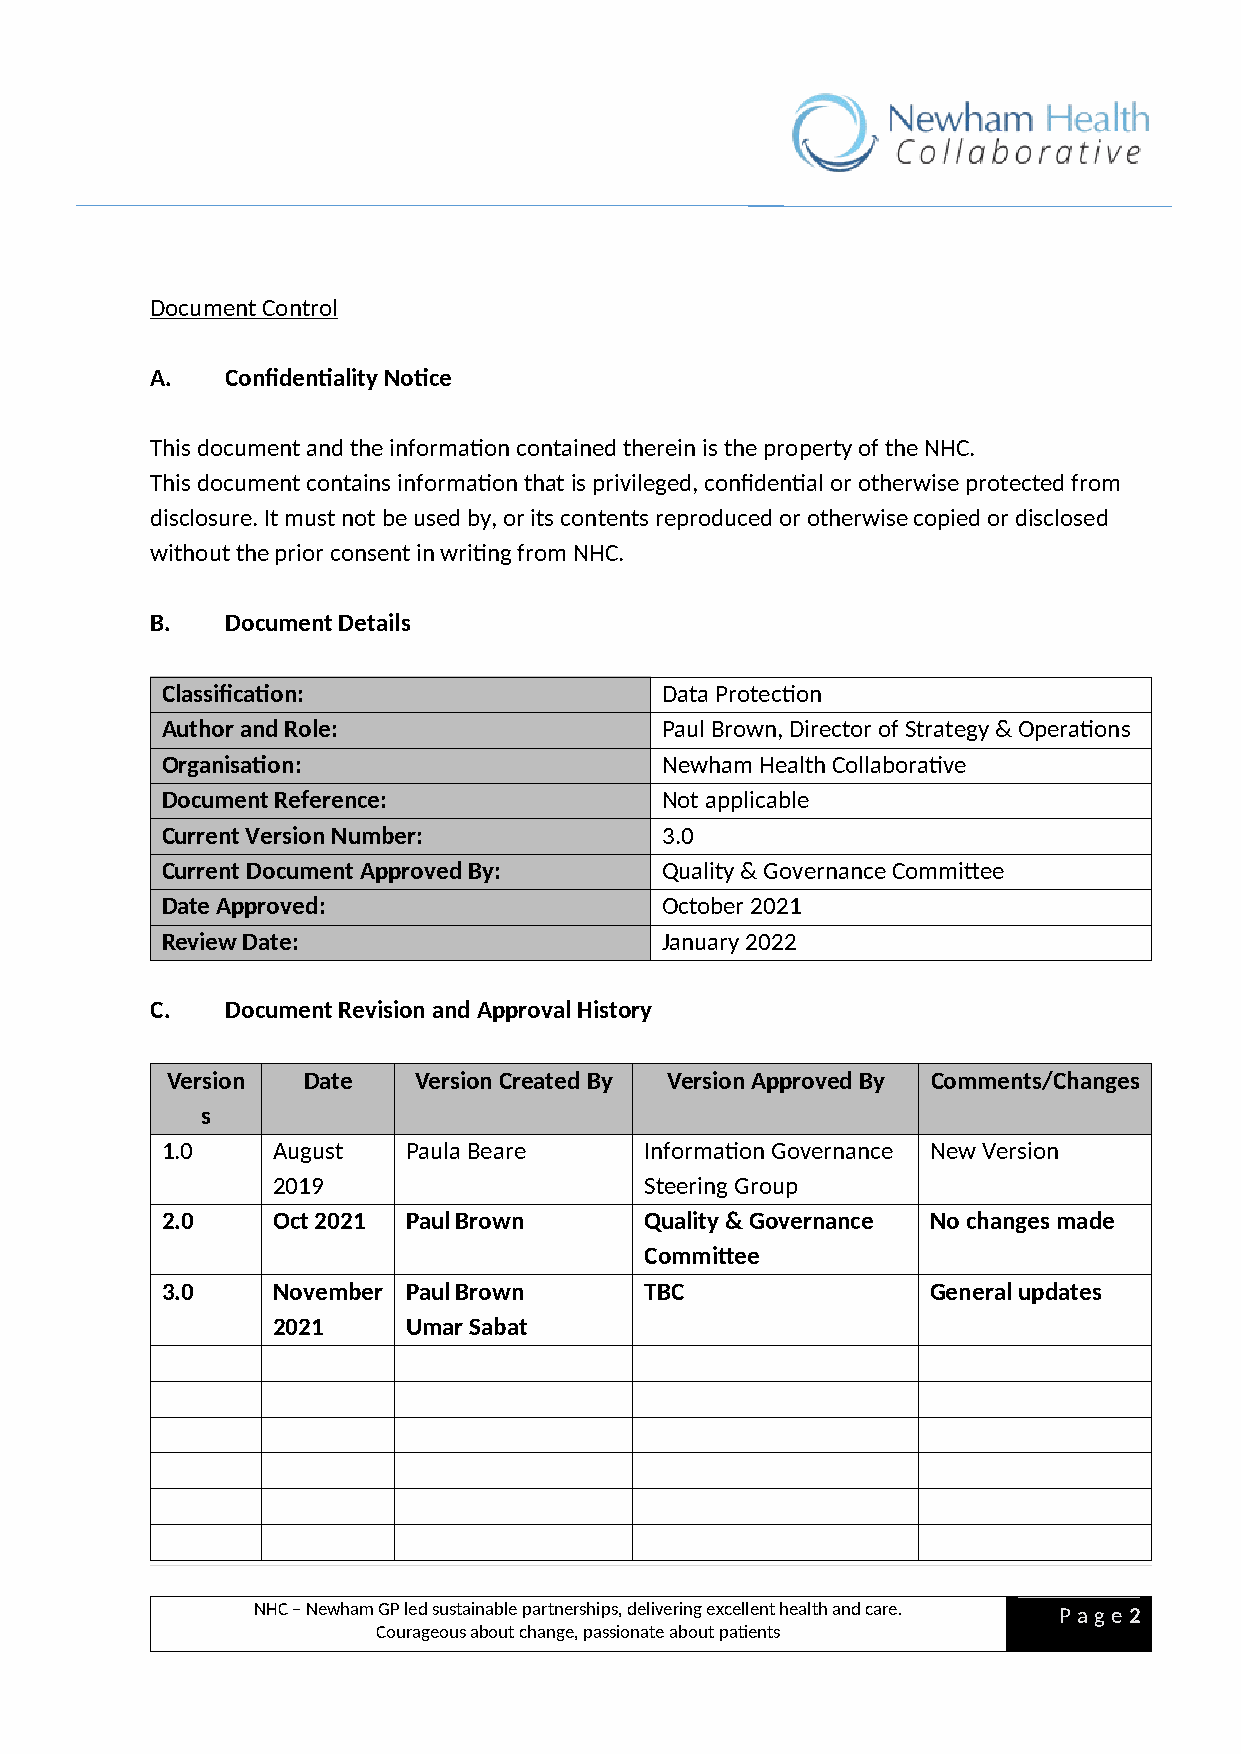
Document Control
 A.   Confidentiality Notice
 This document and the information contained therein is the property of the NHC.
 This document contains information that is privileged, confidential or otherwise protected from
 disclosure. It must not be used by, or its contents reproduced or otherwise copied or disclosed
 without the prior consent in writing from NHC.
 B.   Document Details
 Classification:                  Data Protection
 Author and Role:                 Paul Brown, Director of Strategy & Operations
 Organisation:                    Newham Health Collaborative
 Document Reference:              Not applicable
 Current Version Number:          3.0
 Current Document Approved By:    Quality & Governance Committee
 Date Approved:                   October 2021
 Review Date:                     January 2022
 C.   Document Revision and Approval History
 Version  Date   Version Created By Version Approved By Comments/Changes
 s
 1.0    August   Paula Beare     Information Governance New Version
 2019                     Steering Group
 2.0    Oct 2021 Paul Brown      Quality & Governance No changes made
 Committee
 3.0    November Paul Brown      TBC                General updates
 2021     Umar Sabat
 NHC – Newham GP led sustainable partnerships, delivering excellent health and care. P a ge 2
 Courageous about change, passionate about patients